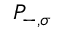
P _ { - , \sigma }